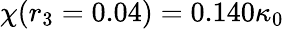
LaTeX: \chi(r_{3}=0.04)=0.140\kappa_{0}